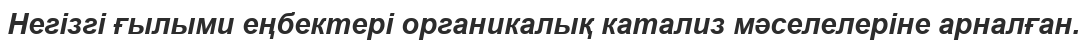
Негізгі ғылыми еңбектері органикалық катализ мәселелеріне арналған.